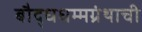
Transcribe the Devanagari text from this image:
बौद्धधम्मग्रंथाची